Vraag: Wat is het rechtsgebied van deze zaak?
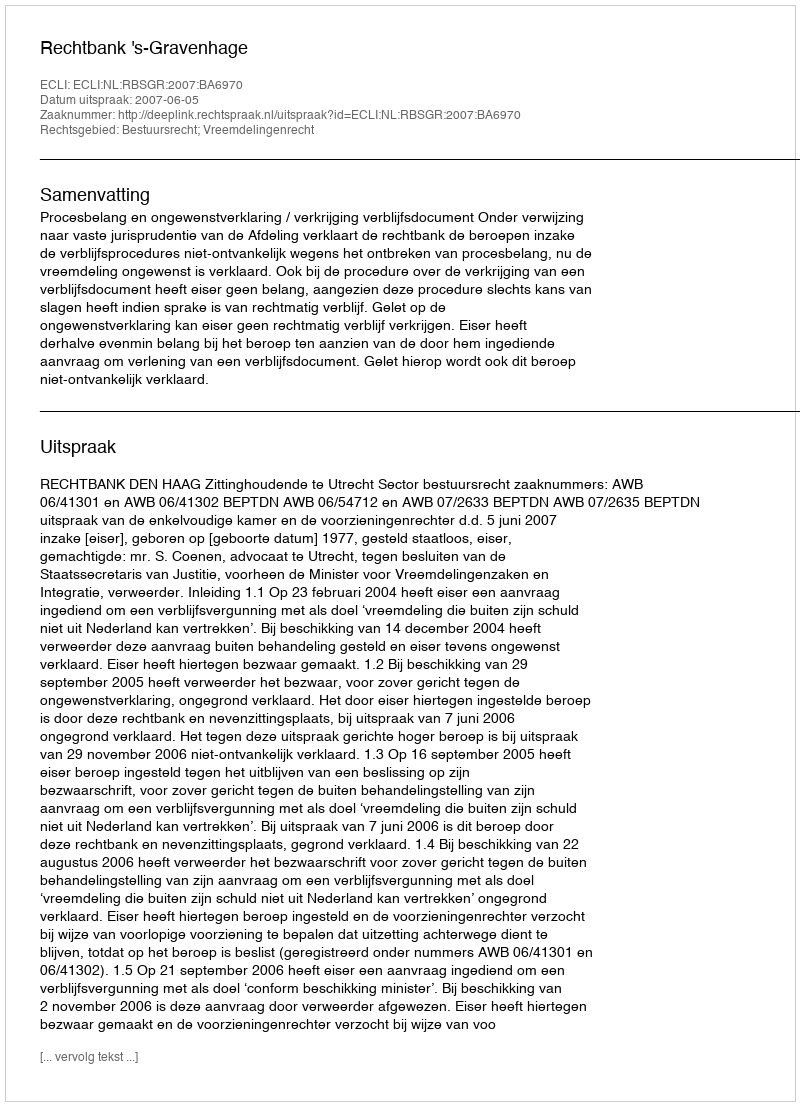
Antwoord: Bestuursrecht; Vreemdelingenrecht